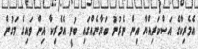
އެމެރިކާގެ އަސްކަރިއްޔާ އިން ނެރުނު ބަޔާނެއްގައި ބުނީ އެމެރިކާ އިން ވައިގެ މަގުން